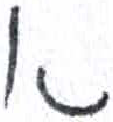
אות: א